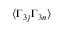
\langle \Gamma _ { 3 j } \Gamma _ { 3 n } \rangle